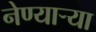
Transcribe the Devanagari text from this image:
नेण्यार्‍या